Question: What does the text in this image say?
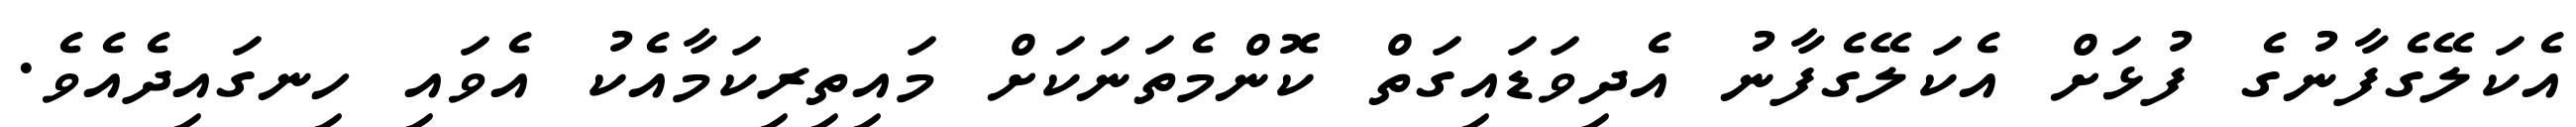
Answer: އެކަލޭގެފާނުގެ ފުޅަށް އެކަލޭގެފާނު އެދިވަޑައިގަތް ކޮންމެތަނަކަށް މައިތިރިކަމާއެކު އެވައި ހިނގައިދެއެވެ.